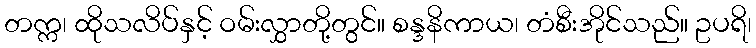
တက္က၊ ထိုသလိပ်နှင့် ဝမ်းလွှာတို့တွင်။ စန္ဒနိကာယ၊ တံစီးအိုင်သည်။ ဥပရိ၊